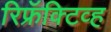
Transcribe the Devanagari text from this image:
रिफ्रॅक्‍टिव्ह